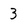
Character: 3